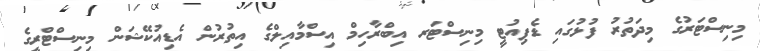
މިނިސްޓަރުގެ މިދަތުރު ފުޅުގައި ޑެޕިއުޓީ މިނިސްޓަރ އިބްރާހިމް އިސްމާއިލްގެ އިތުރުން އެޑިއުކޭޝަން މިނިސްޓްރީގެ